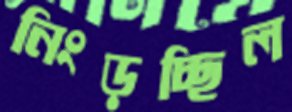
নিংড়চ্ছিল